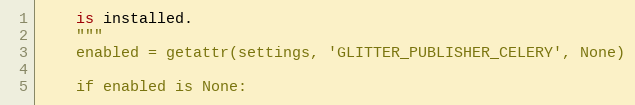
Language: Python
    is installed.
    """
    enabled = getattr(settings, 'GLITTER_PUBLISHER_CELERY', None)

    if enabled is None: